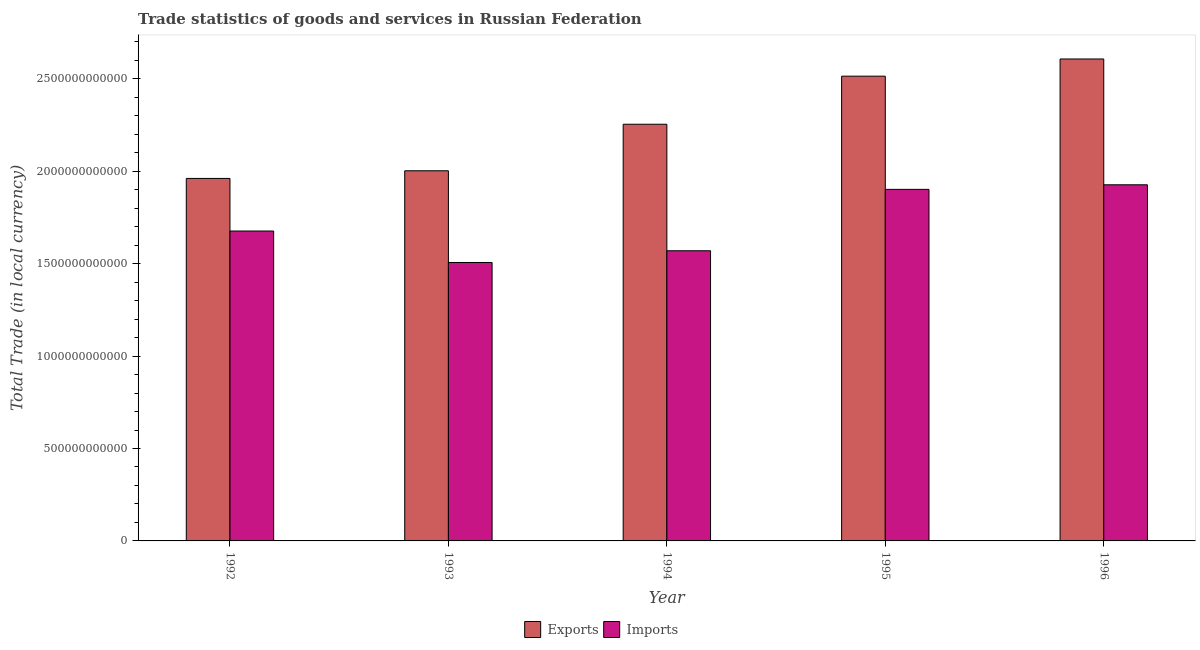
| Year | Exports | Imports |
 | --- | --- | --- |
 | 1992 | 1.96e+12 | 1.68e+12 |
 | 1993 | 2e+12 | 1.51e+12 |
 | 1994 | 2.25e+12 | 1.57e+12 |
 | 1995 | 2.51e+12 | 1.9e+12 |
 | 1996 | 2.61e+12 | 1.93e+12 |